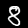
Digit: 8